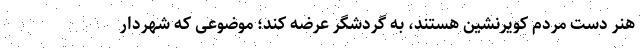
هنر دست مردم کویرنشین هستند، به گردشگر عرضه کند؛ موضوعی که شهردار